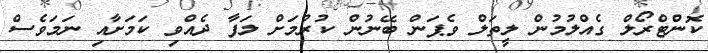
ކޮންޓްރޯލް ގެއްލުމުން ލީތަލް ވެޕަން ބޭނުން ކުރުމަށް ލަފާ ދެއްވި ކަމަށާއި ނަމަވެސް